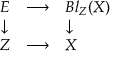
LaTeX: \begin{array} { l l l } { E } & { \longrightarrow } & { B l _ { Z } ( X ) } \\ { \downarrow } & { } & { \downarrow } \\ { Z } & { \longrightarrow } & { X } \end{array}